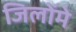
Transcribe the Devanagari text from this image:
जिलोंमे